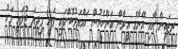
ރިޒައިން އާއި އޭނާގެ އީރާން އަންހެނުން ހައްޔަރުކޮށްފައި ވަނީ މިދިޔަ ޖުލައި މަހު